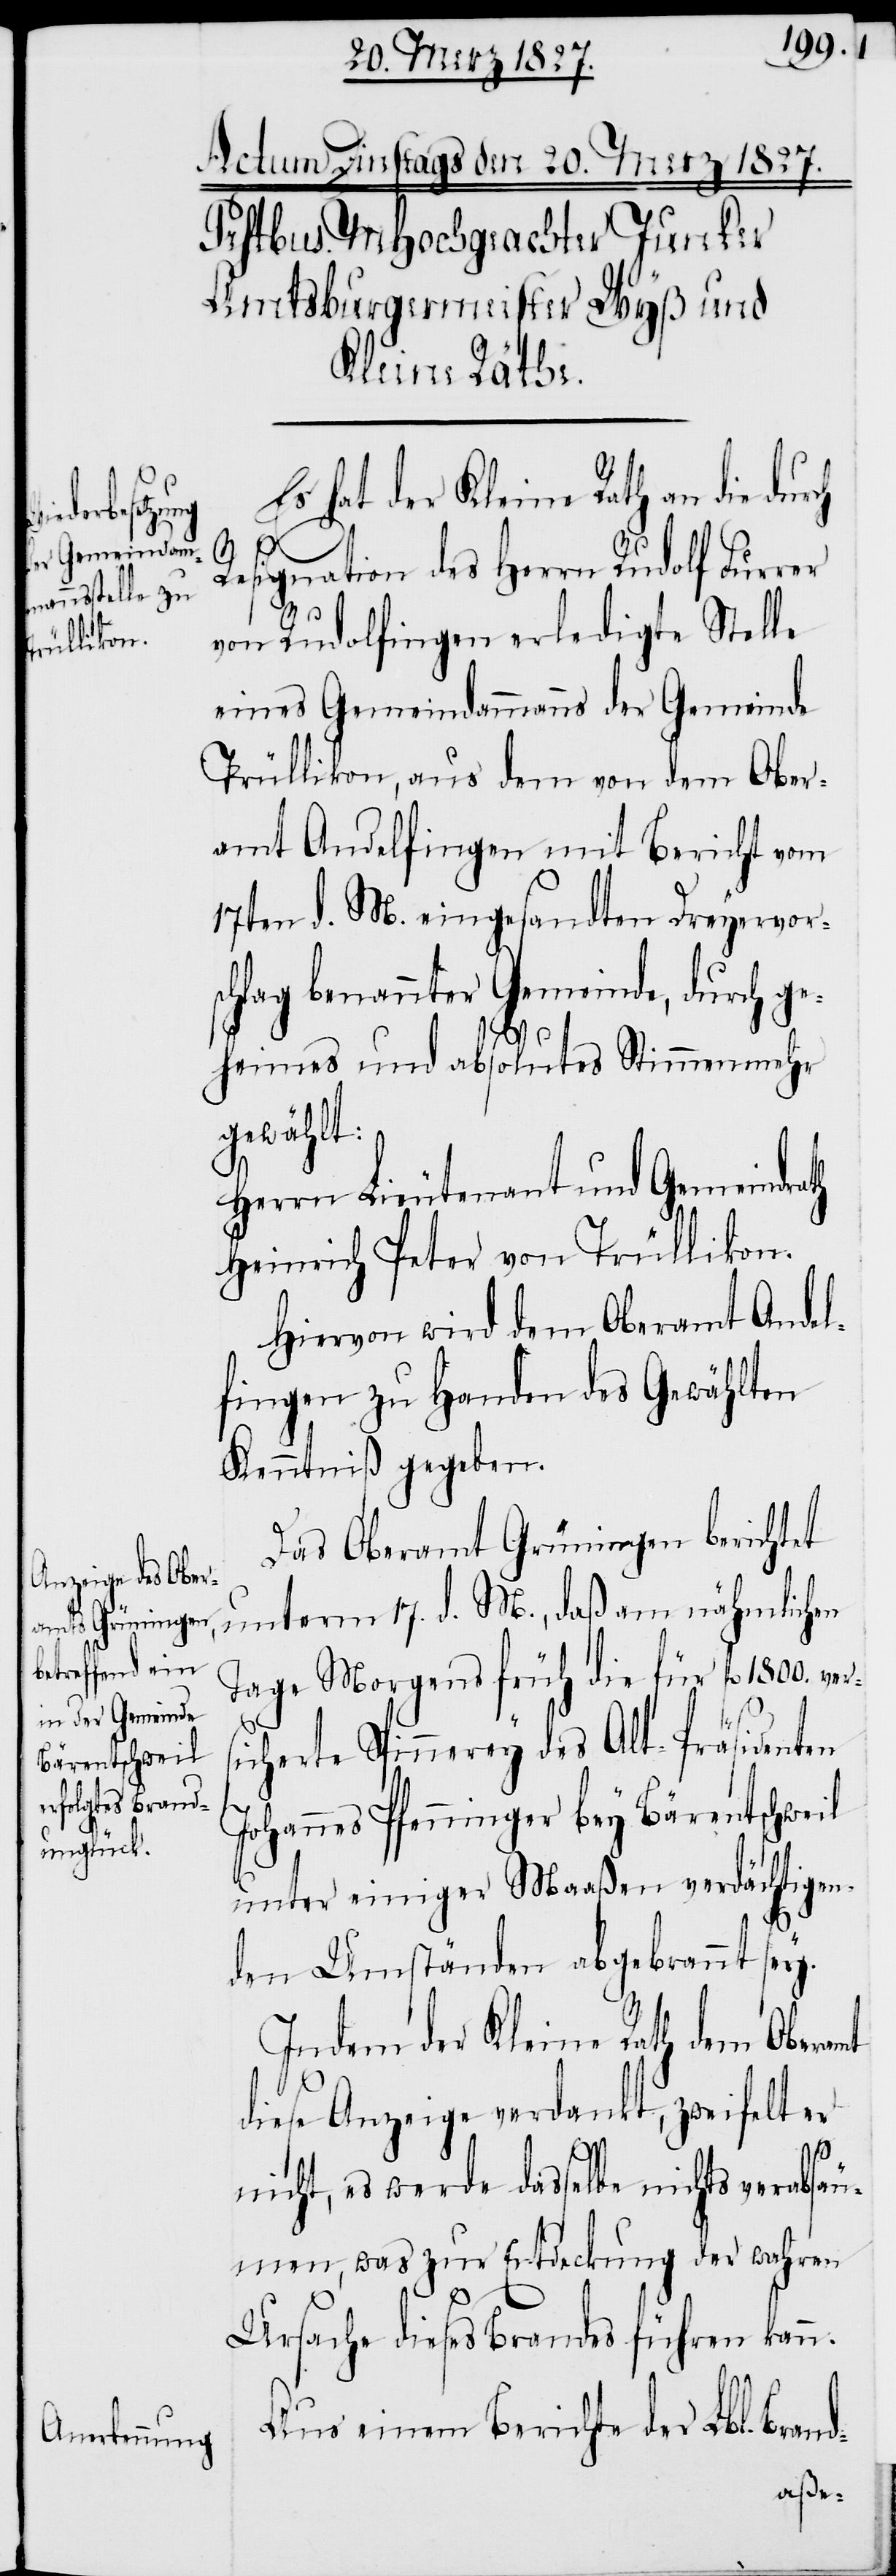
Es hat der Kleine Rath an die dur¬
ch
Resignation des Herrn Rudolf Furrer
von Rudolfingen erledigte Stelle
eines Gemeindammanns der Gemeinde
Trüllikon, aus dem von dem Ober¬
amt Andelfingen mit Bericht vom
17ten d. M. eingesandten Dreyervor¬
schlag benannter Gemeinde, durch ge¬
d-
heimes und absolutes Stimmenmehr
gewählt:
Herrn Lieutenant und Gemeindrath
Heinrich Peter von Trüllikon.
Hiervon wird dem Oberamt Andel¬
fingen zu Handen des Gewählten
Kenntniß gegeben.
Das Oberamt Grüningen berichtet
unterm 17. d. M., daß am nähmlichen
Tage Morgens früh die für fl. 1800. ver¬
sicherte Spinnerey des Alt-Präsidenten
Johannes Pfenninger bey Bärentschweil
unter einiger Maaßen verdächtigen¬
den Umständen abgebrannt sey.
Indem der Kleine Rath dem Oberamt
diese Anzeige verdankt, zweifelt er
nicht, es werde dasselbe nichts verabsäu¬
men, was zur Entdeckung der wahren
Ursache dieses Brandes führen kan¬
Aus einem Berichte der Lbl. Bran¬